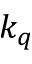
k _ { q }